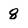
Character: 8